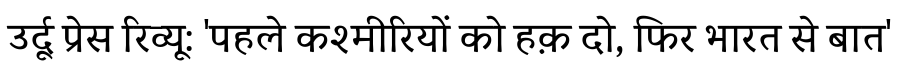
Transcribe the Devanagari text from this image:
उर्दू प्रेस रिव्यू: 'पहले कश्मीरियों को हक़ दो, फिर भारत से बात'